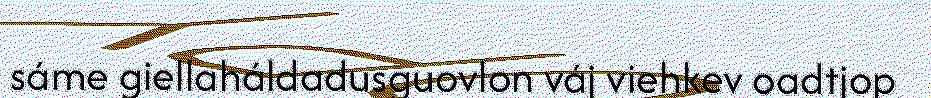
sáme giellaháldadusguovlon váj viehkev oadtjop